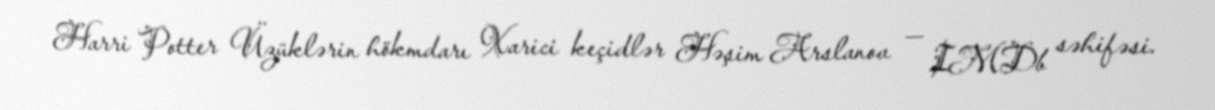
Harri Potter Üzüklərin hökmdarı Xarici keçidlər Həşim Arslanov — IMDb səhifəsi.